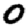
Digit: 0